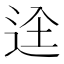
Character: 𮞋